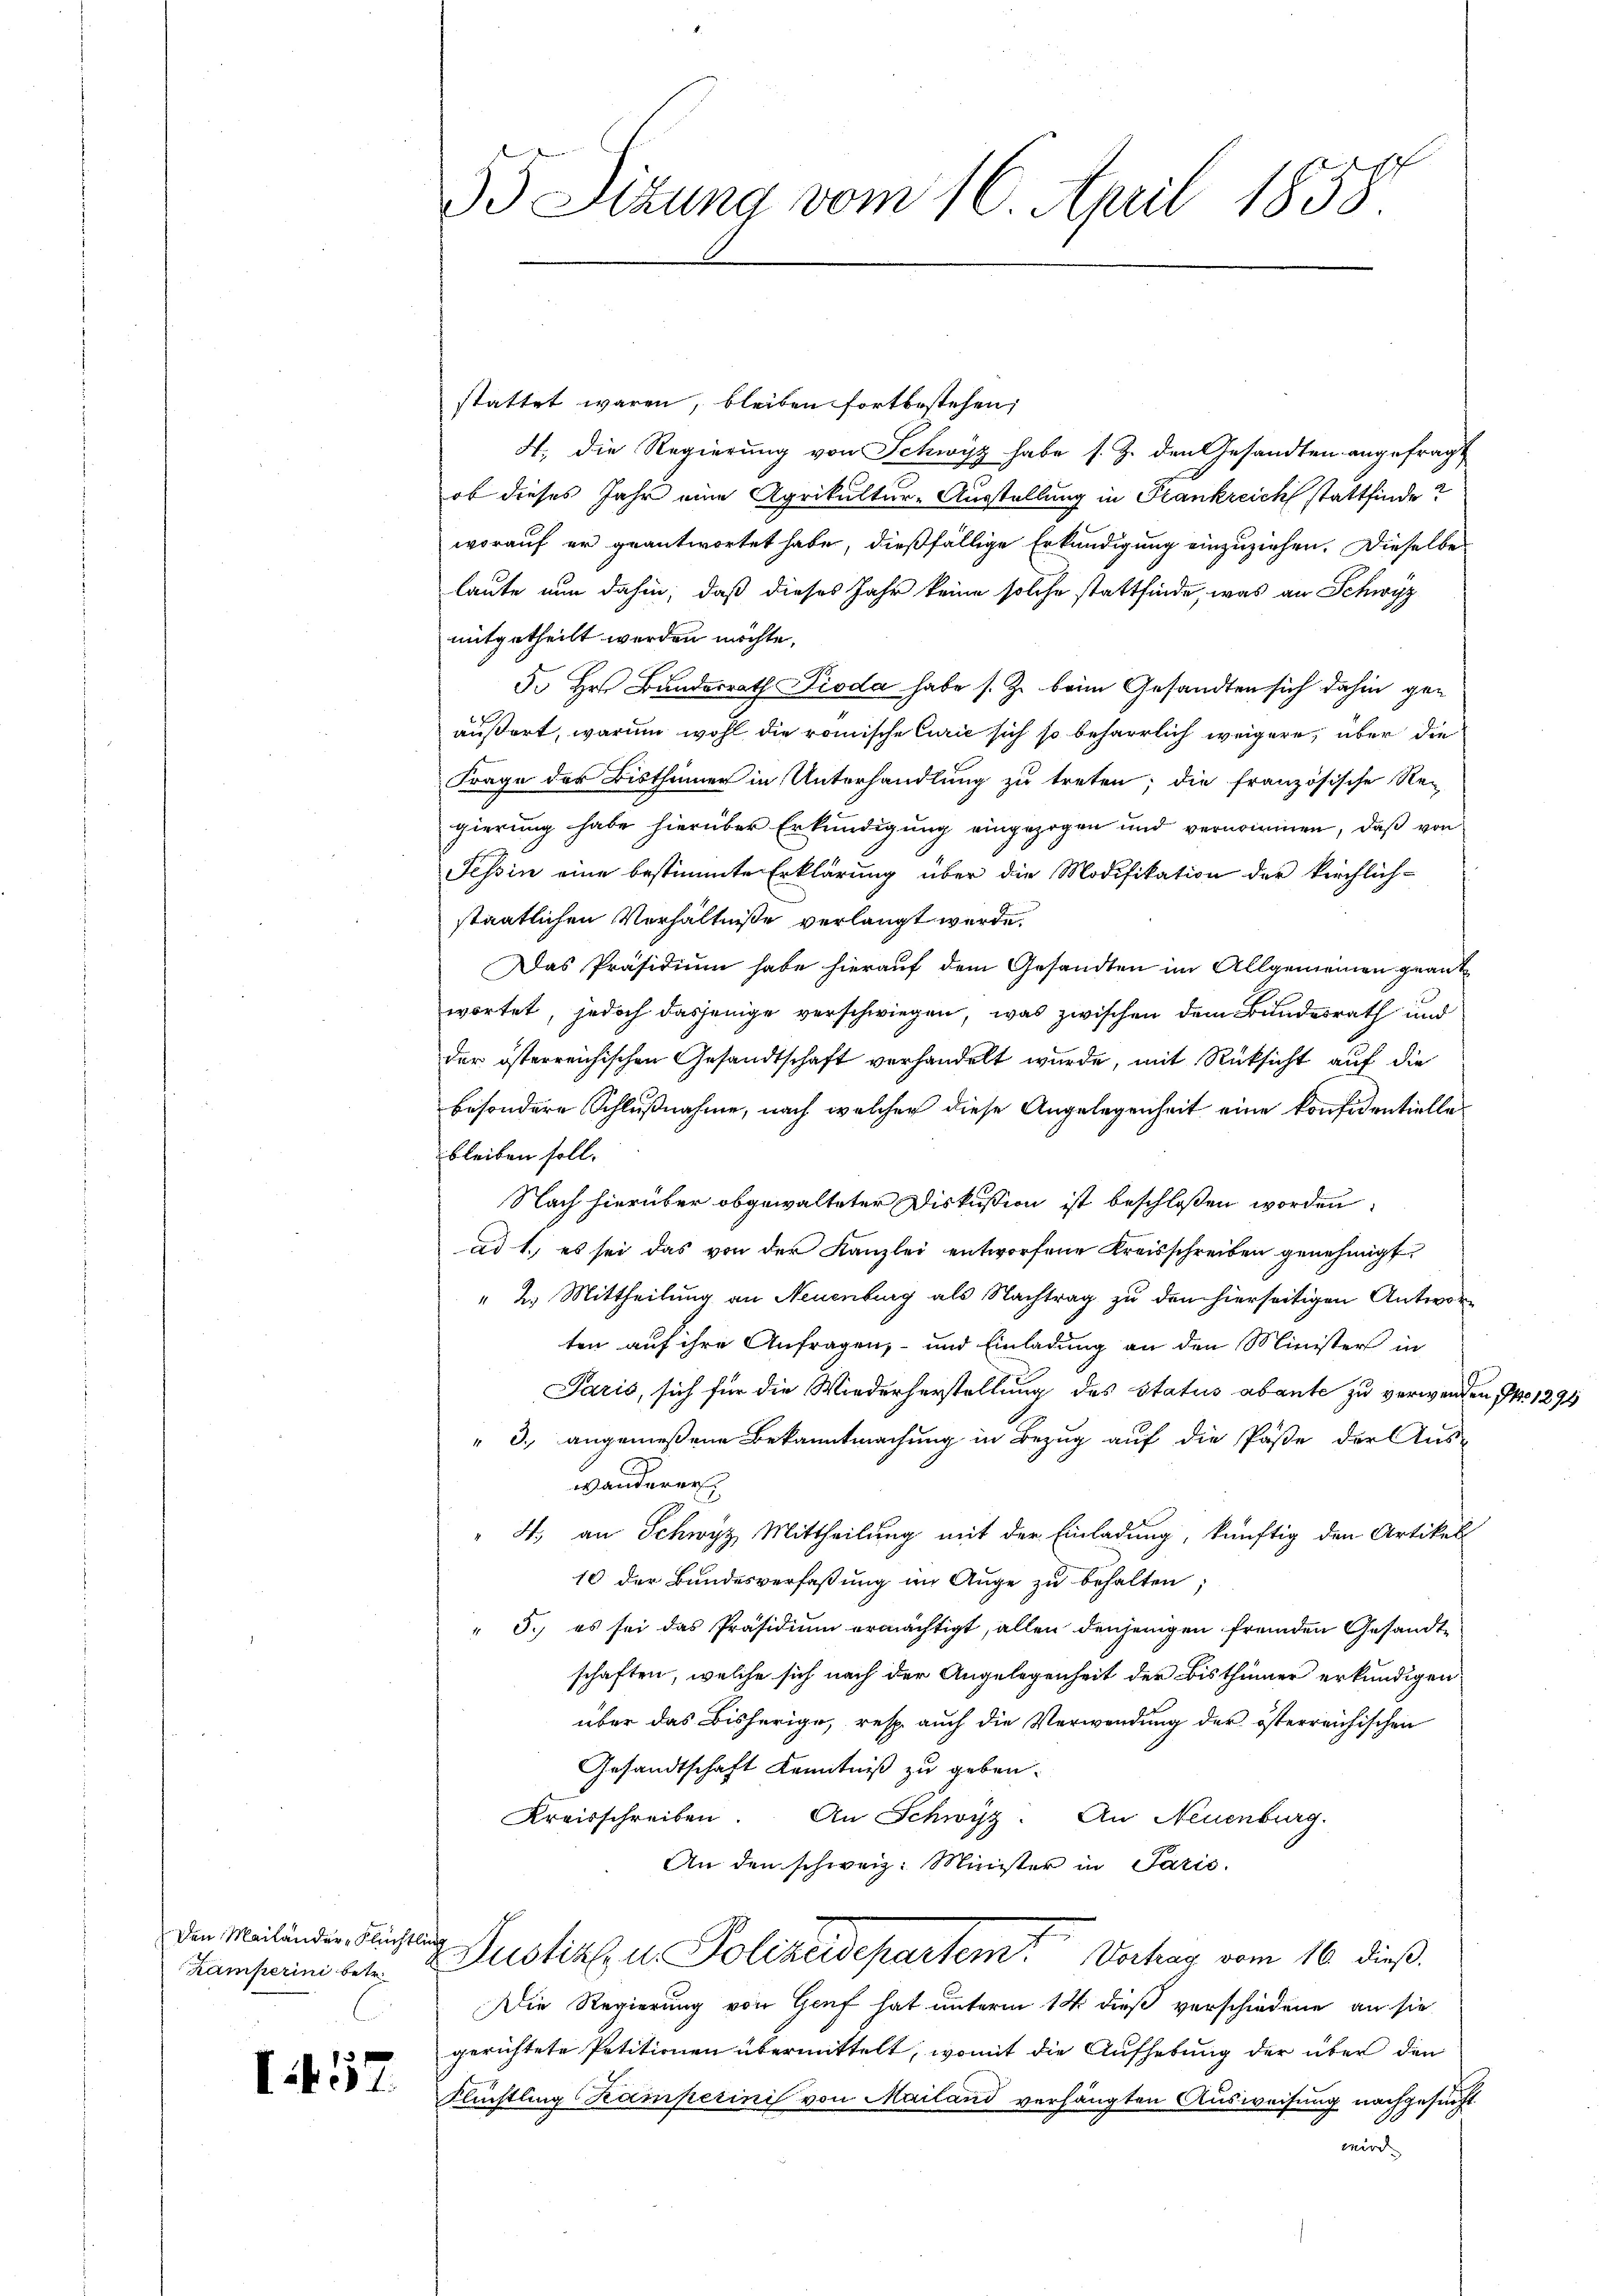
Den Mailander Flüchtlic

I457

55 Sizung vom 16. April 1858.

stattet waren, bleiben fortbestehen,
4., die Regierung von Schwist habe s. Z. den Gesandten angefragt
ob dieses Jahr eine Agrikultur-Ausstellung in Frankreich stattfinde?
worauf er geantwortet habe, dießfällige Erkundigung einzuziehen. Dieselbe
laute nun dahin, daß dieses Jahr keine solche stattfinde, was an Schwyz
mitgetheilt werden möchte.
5. Hr. Bundesrath Pioda habe s. Z. beim Gesandten sich dahin geäußert, warum wohl die römische Curie sich so beharrlich weigere, über die
Frage der Bisthümer in Unterhandlung zu treten; die französische Re-
gierung habe hierüber Erkundigung eingezogen und vernommen, daß von
Tessin eine bestimmte Erklärung über die Modifikation der kirchlich-
staatlichen Verhältniße verlangt werde.
Das Präsidium habe hierauf dem Gesandten im Allgemeinen geant
wortet, jedoch dasjenige verschwiegen, was zwischen dem Bundesrath und
der österreichischen Gesandtschaft verhandelt wurde, mit Rücksicht auf die
besondere Schlußnahme, nach welcher diese Angelegenheit eine konfidentielle
bleiben soll.
Nach hierüber obgewalteter Diskussion ist beschloßen worden:
ad 1., es sei das von der Kanzlei entworfene Kreisschreiben genehmigt.
" 2. Mittheilung an Neuenburg als Nachtrag zu den hierseitigen Antworten auf ihre Anfragen, und Einladung an den Minister in
Paris, sich für die Wiederherstellung des status abante zu verwenden, No 1291
" 3., angemeßene Bekanntmachung in Bezug auf die Paste der Aus-
wanderer
" 4., an Schwyz Mittheilung mit der Einladung, künftig den Artikel
10 der Bundesverfaßung im Auge zu behalten;
" 5.) es sei das Präsidium ermächtigt, allen denjenigen fremden Gesandte
schaften, welche sich nach der Angelegenheit der Bisthümer erkundigen
über das Bisherige, resp. auch die Verwendung der österreichischen
Gesandtschaft Kenntniß zu geben.
Kreisschreiben. An Schwyz. An Neuenburg.
An den schweiz. Minister in Parić.
Kamseine et 2. Justiz u. Polizeidepartem Vorhag vom 16. dieß.
Die Regierung von Genf hat unterm 14 dieß verschiedene an sie
gerichtete Petitionen übermittelt, womit die Aufhebung der über den
Flüchtling Kamperini von Mailand verhängten Ausweisung nachgesucht
wird. |